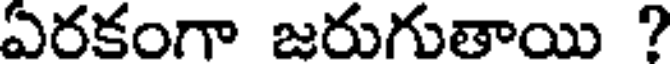
ఏరకంగా జరుగుతాయి ?